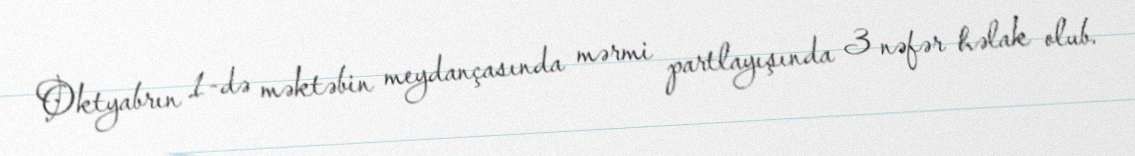
Oktyabrın 1-də məktəbin meydançasında mərmi partlayışında 3 nəfər həlak olub.